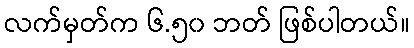
လက်မှတ်က ၆.၅၀ ဘတ် ဖြစ်ပါတယ်။